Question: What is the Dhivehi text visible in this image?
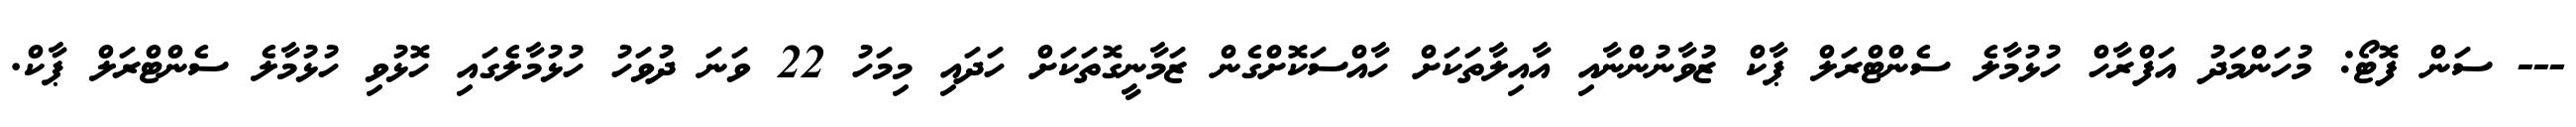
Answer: --- ސަން ފޮޓޯ: މުހަންމަދު އަފްރާހް ހުޅުމާލެ ސެންޓްރަލް ޕާކް ޒުވާނުންނާއި އާއިލާތަކަށް ހާއްސަކޮށްގެން ޒަމާނީގޮތަކަށް ހަދައި މިމަހު 22 ވަނަ ދުވަހު ހުޅުމާލެގައި ހޮޅުވި ހުޅުމާލެ ސެންޓްރަލް ޕާކް.